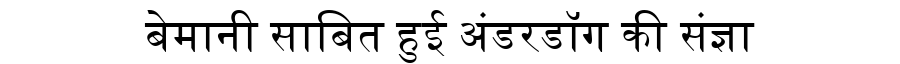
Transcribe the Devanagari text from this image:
बेमानी साबित हुई अंडरडॉग की संज्ञा